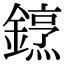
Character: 䥋